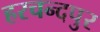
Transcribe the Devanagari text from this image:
हरचन्दपुर